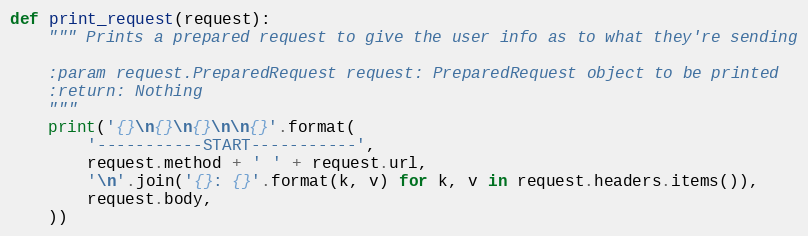
Language: Python
def print_request(request):
    """ Prints a prepared request to give the user info as to what they're sending

    :param request.PreparedRequest request: PreparedRequest object to be printed
    :return: Nothing
    """
    print('{}\n{}\n{}\n\n{}'.format(
        '-----------START-----------',
        request.method + ' ' + request.url,
        '\n'.join('{}: {}'.format(k, v) for k, v in request.headers.items()),
        request.body,
    ))